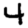
Digit: 4